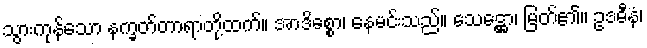
သွားကုန်သော နက္ခတ်တာရာတို့ထက်။ အာဒိစ္စော၊ နေမင်းသည်။ သေဋ္ဌော၊ မြတ်၏။ ဥဒဓီနံ၊